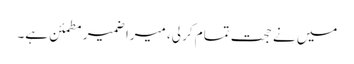
میں نے حجت تمام کر لی، میرا ضمیر مطمئن ہے۔